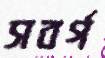
সবর্গ